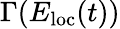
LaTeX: \Gamma(E_{\mathrm{loc}}(t))